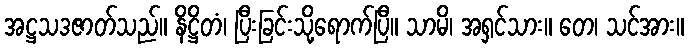
အဋ္ဌသဒဇာတ်သည်။ နိဋ္ဌိတံ၊ ပြီးခြင်းသို့ရောက်ပြီ။ သာမိ၊ အရှင်သား။ တေ၊ သင်အား။